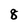
Character: 8